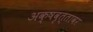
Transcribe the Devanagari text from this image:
अक्षवृत्तावर